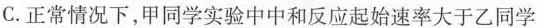
C.正常情况下，甲同学实验中中和反应起始速率大于乙同学